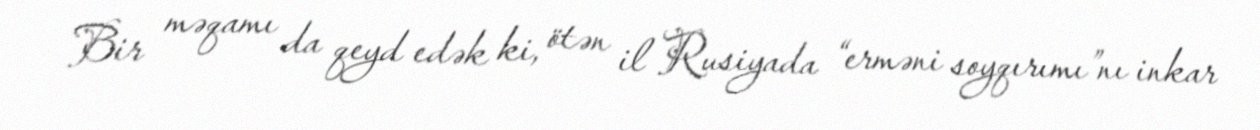
Bir məqamı da qeyd edək ki, ötən il Rusiyada “erməni soyqırımı”nı inkar